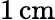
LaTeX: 1\, \mathrm{cm}